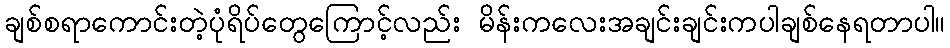
ချစ်စရာကောင်းတဲ့ပုံရိပ်တွေကြောင့်လည်း မိန်းကလေးအချင်းချင်းကပါချစ်နေရတာပါ။